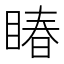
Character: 睶